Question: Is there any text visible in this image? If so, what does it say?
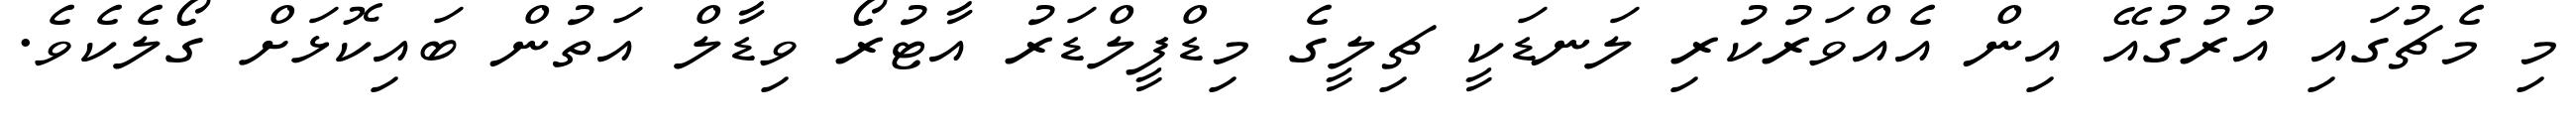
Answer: މި މެޗުގައި އުރުގުއޭ އިން އެއްވަރުކުރި ލަނޑަކީ ޗިލީގެ މިޑްފީލްޑަރު އާޓުރޯ ވިޑާލް އަތުން ބައިކޮޅަށް ގޯލެކެވެ.